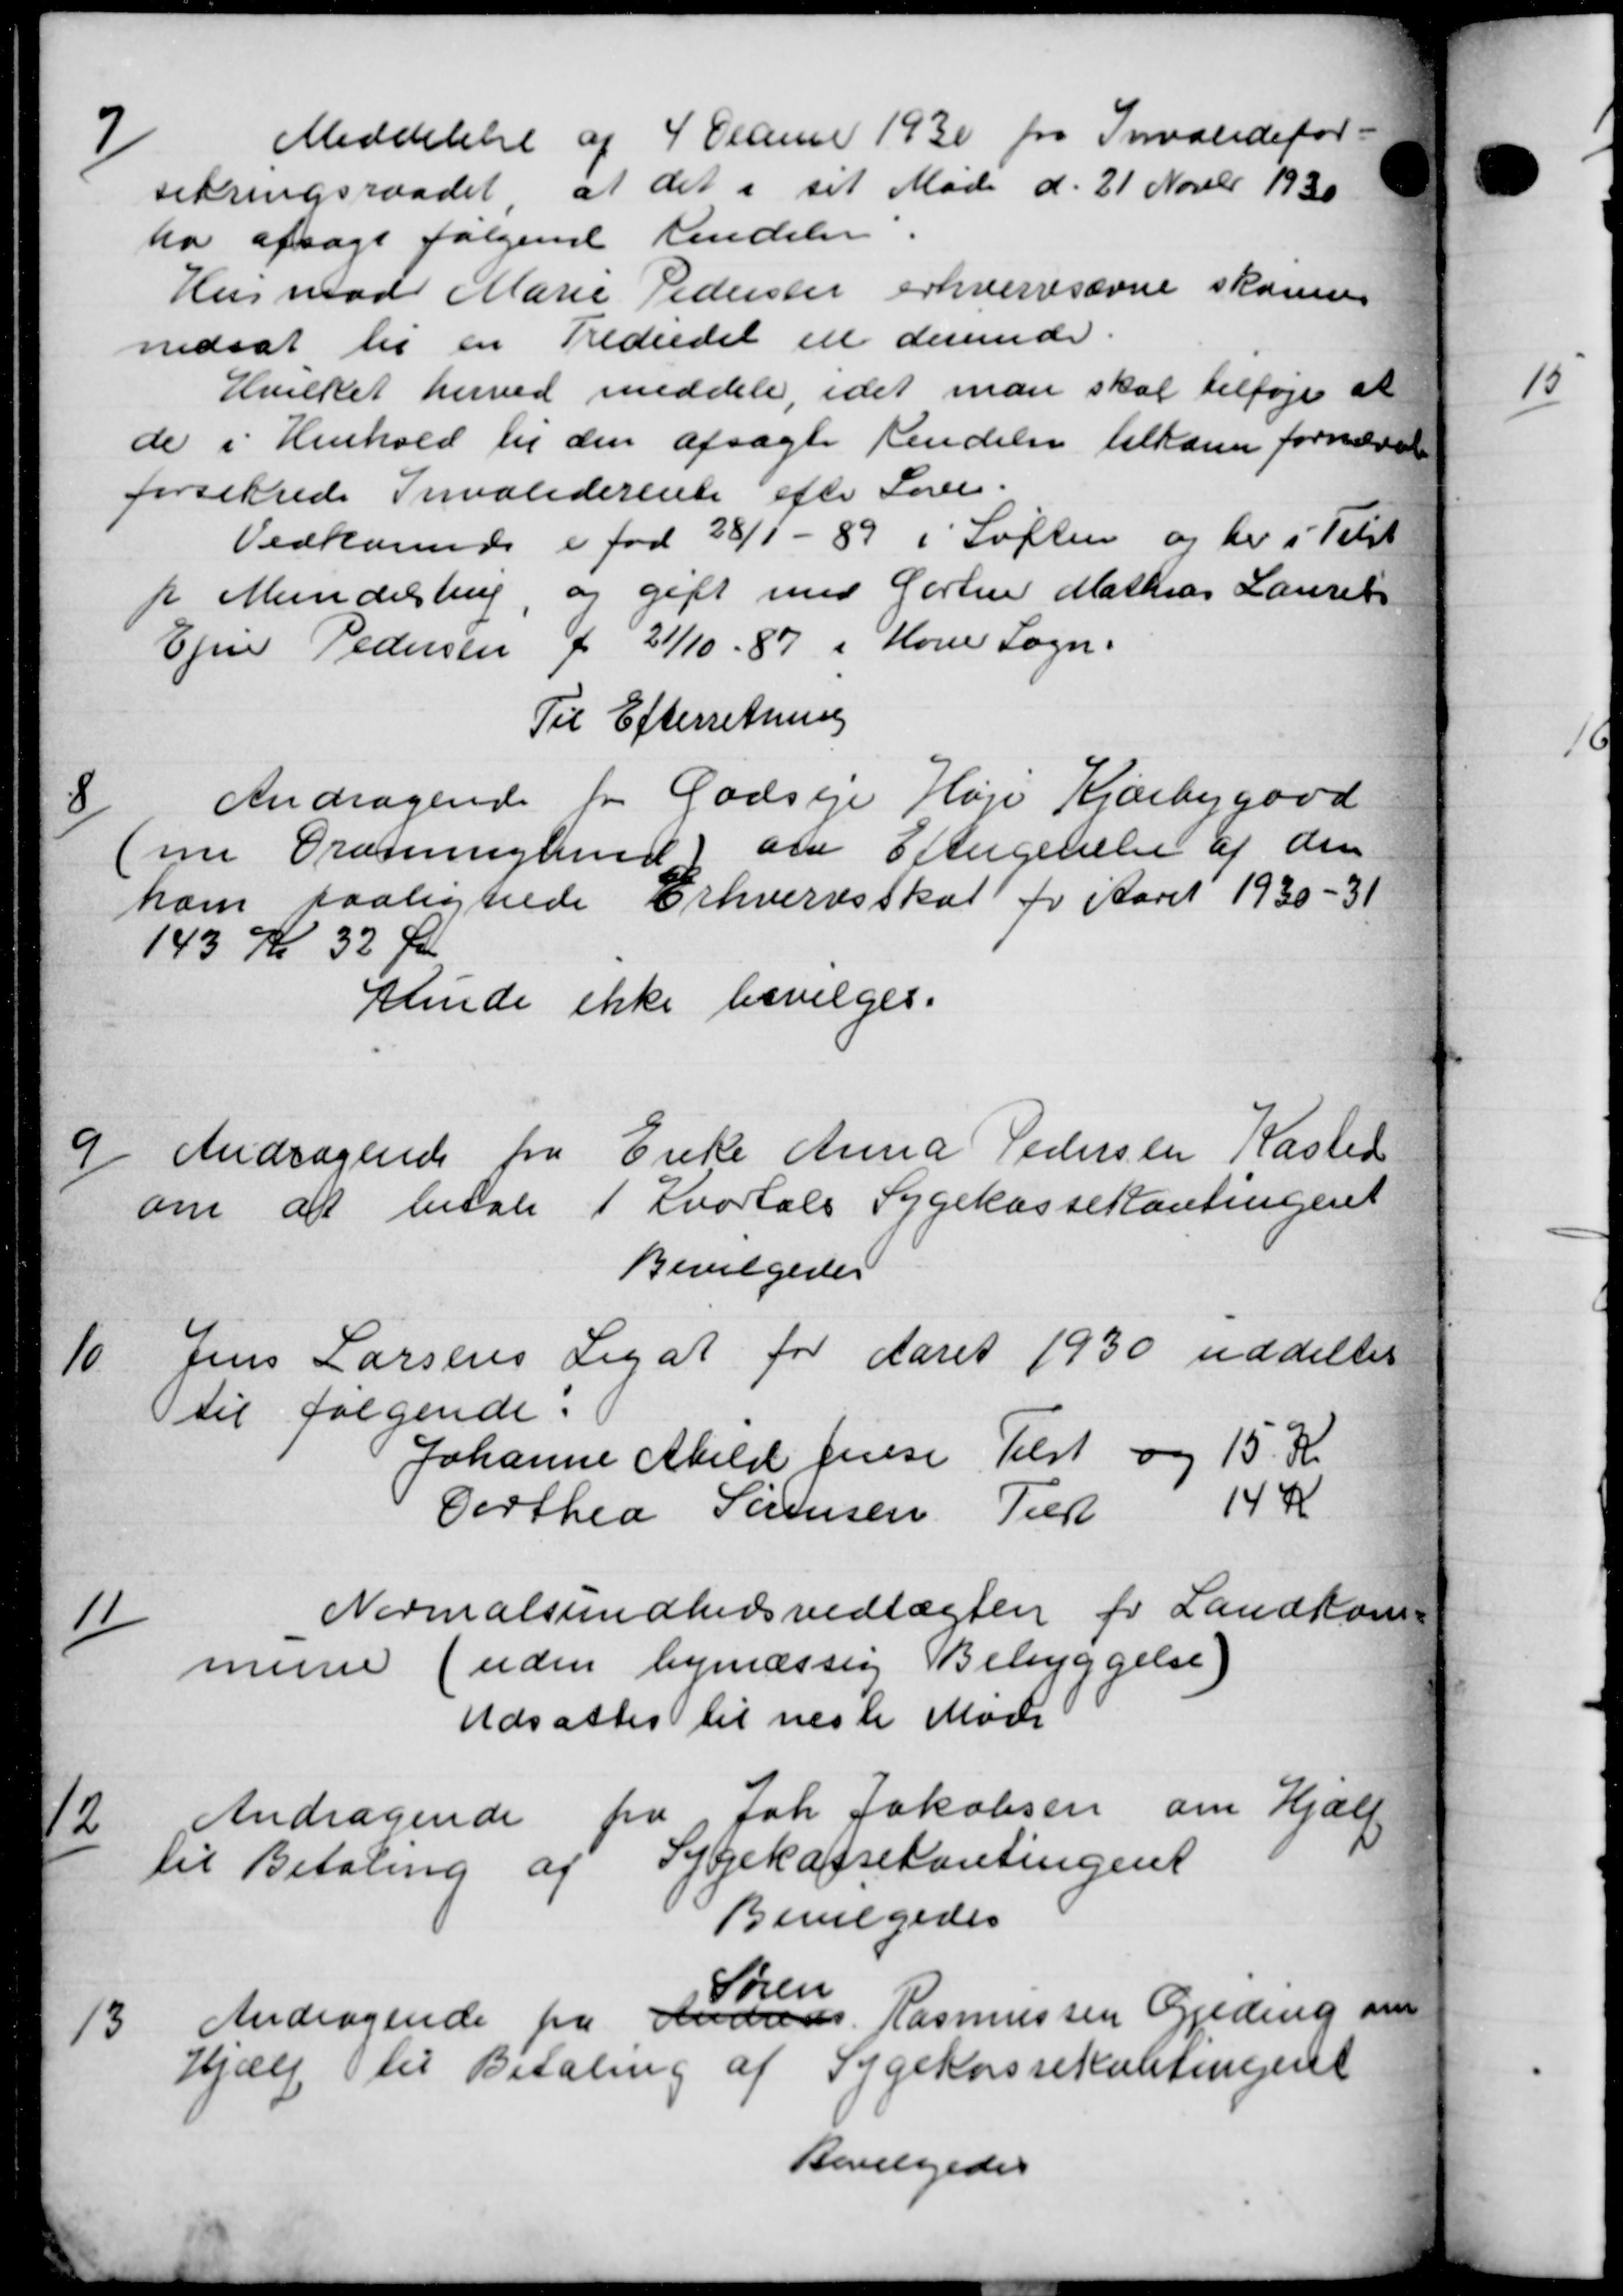
Transskription:
7
Meddelelse af 4 Olanner 1930 fra Invalidefor=
sikringsraadet at det i sit Møde d. 21 Novbr 1930
ha afsagt følgende Kendelse
Husmod Marie Pedersen erhvervsevne skønnes
nedsat til en Trediedel en derunder
Hvilket herved meddele, idet man skal tilføje at
de i Henhold til den afsagte Rendelse tilkomen fornævnt
forsikrede Invaliderente efter Loven.
Vedkomne i for 28/1 - 89 i Løften og her i Tilst
p Mundelstrup, og gift med Gartner Mathias Laurit
Ejner Pedersen for 21/10 - 87 i Kone Sogn.
Til Efterretning
8
Andragende for Godseje Høje Kjærbygaad
(me Grætninglund om Eftergivelse af den
ham saalignede Erhvervsskat for Aaret 1930-31
143 Kr 32 Øre
Minde ikke bevilges.
9
Andragende fra Enke Anna Pedersen Kasted
om at betale 1 Kvartals Sygekassekontingent
Bevilgedes
10
Jens Larsens Legat for Aaret 1930 uddeltes
til følgende.
Johanne Abild Jensen Tilst og 15 Kr
Certhea Sørensen Til 144
11
Normalsundhedsvedtægten for Landkom-
mune (uden bymæssig Bebyggelse)
Udsattes til næste Møde
12
Andragende fra Joh. Jakobsen om Hjælp
til Betaling af Sygekassekontingent
Bevilgedes
13
Andragende fra Andreas Rasmussen Gjeding om
Søren
Andragende fra Andreas Rasmussen Gjeding om
Hjælp til Betaling af Sygekassekantingent
Bevilgedes